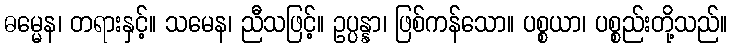
ဓမ္မေန၊ တရားနှင့်။ သမေန၊ ညီသဖြင့်။ ဥပ္ပန္နာ၊ ဖြစ်ကန်သော။ ပစ္စယာ၊ ပစ္စည်းတို့သည်။